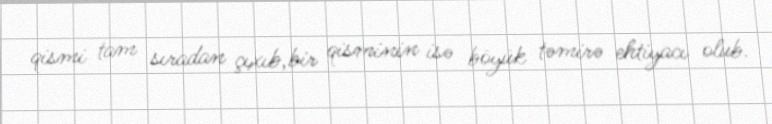
qismi tam sıradan çıxıb,bir qisminin isə böyük təmirə ehtiyacı olub.